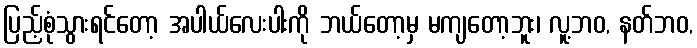
ပြည့်စုံသွားရင်တော့ အပါယ်လေးပါးကို ဘယ်တော့မှ မကျတော့ဘူး၊ လူ့ဘဝ, နတ်ဘဝ,